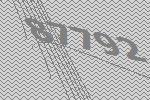
87792